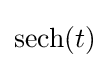
\operatorname {sech} (t)\!